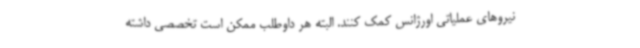
نیروهای عملیاتی اورژانس کمک کنند. البته هر داوطلب ممکن است تخصصی داشته